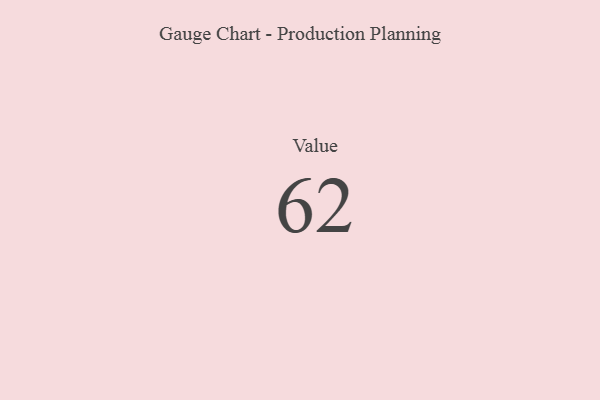
{"axis": {"x": "Metric", "y": "Value"}, "legend": [""], "data": [{"x": "Value", "y": 62, "type": ""}]}